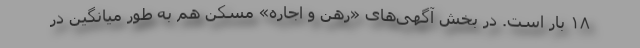
۱۸ بار است. در بخش آگهی‌های «رهن و اجاره» مسکن هم به طور میانگین در